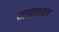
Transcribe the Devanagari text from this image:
शाखावयव